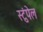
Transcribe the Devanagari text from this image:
स्टुंपेल